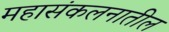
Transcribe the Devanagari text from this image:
महासंकलनातील